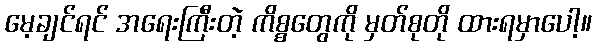
မေ့ချင်ရင် အရေးကြီးတဲ့ ကိစ္စတွေကို မှတ်စုတို ထားရမှာပေါ့။